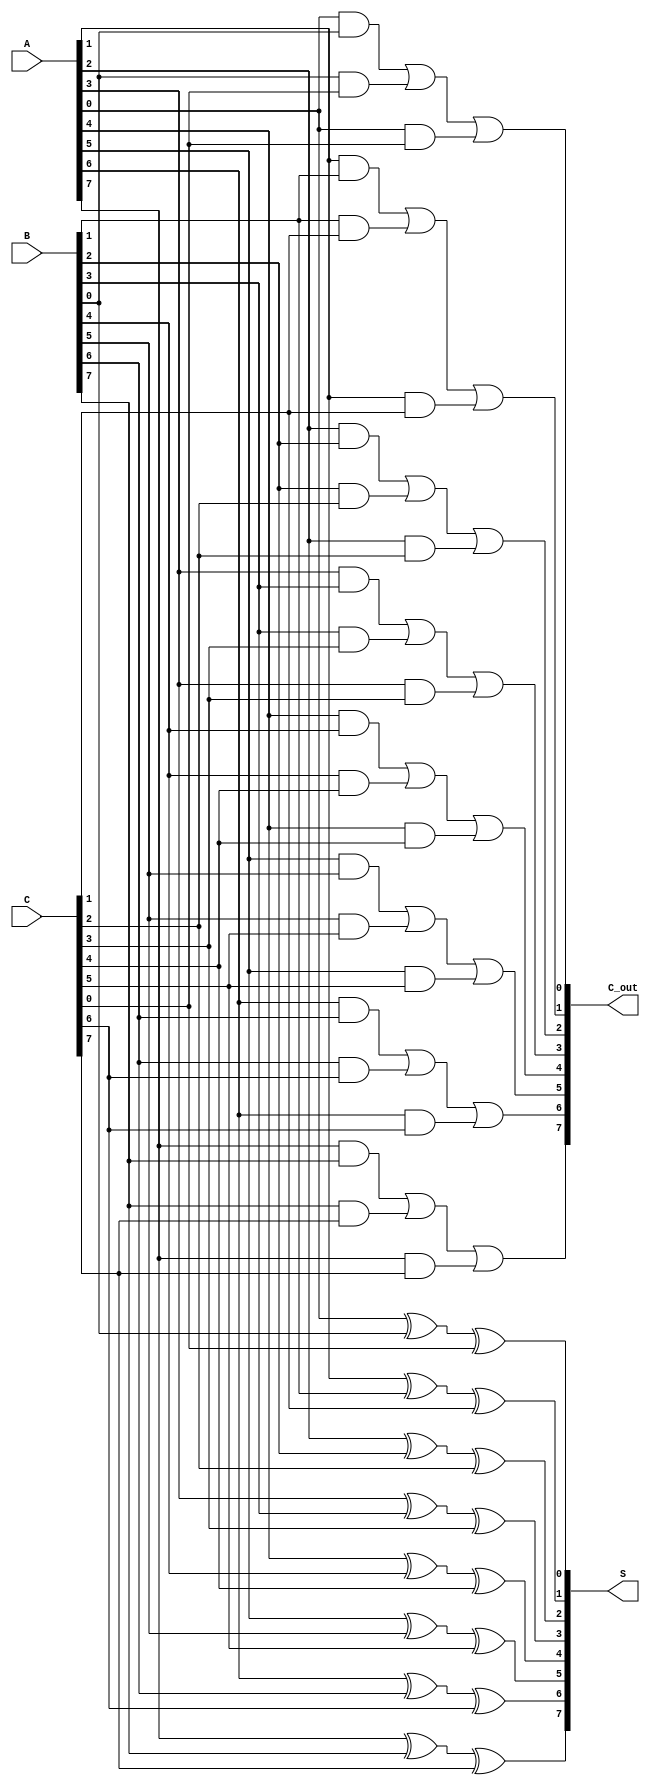
module Modified_Carry_Save_Adder #(parameter N = 8) (
    input  [N-1:0] A,
    input  [N-1:0] B,
    input  [N-1:0] C,
    output [N-1:0] S,
    output [N-1:0] C_out
);
    // Intermediate carries and sums
    wire [N-1:0] sum_AB, sum_AC, sum_BC;
    wire [N-1:0] carry_AB, carry_AC, carry_BC;

    // Generate sum and carry for each bit
    genvar i;
    generate
        for (i = 0; i < N; i = i + 1) begin : CSA_Bit
            // Sum calculation using XOR
            assign S[i] = A[i] ^ B[i] ^ C[i];
            
            // Carry calculation using AND/OR logic
            assign C_out[i] = (A[i] & B[i]) | (B[i] & C[i]) | (A[i] & C[i]);
        end
    endgenerate

endmodule